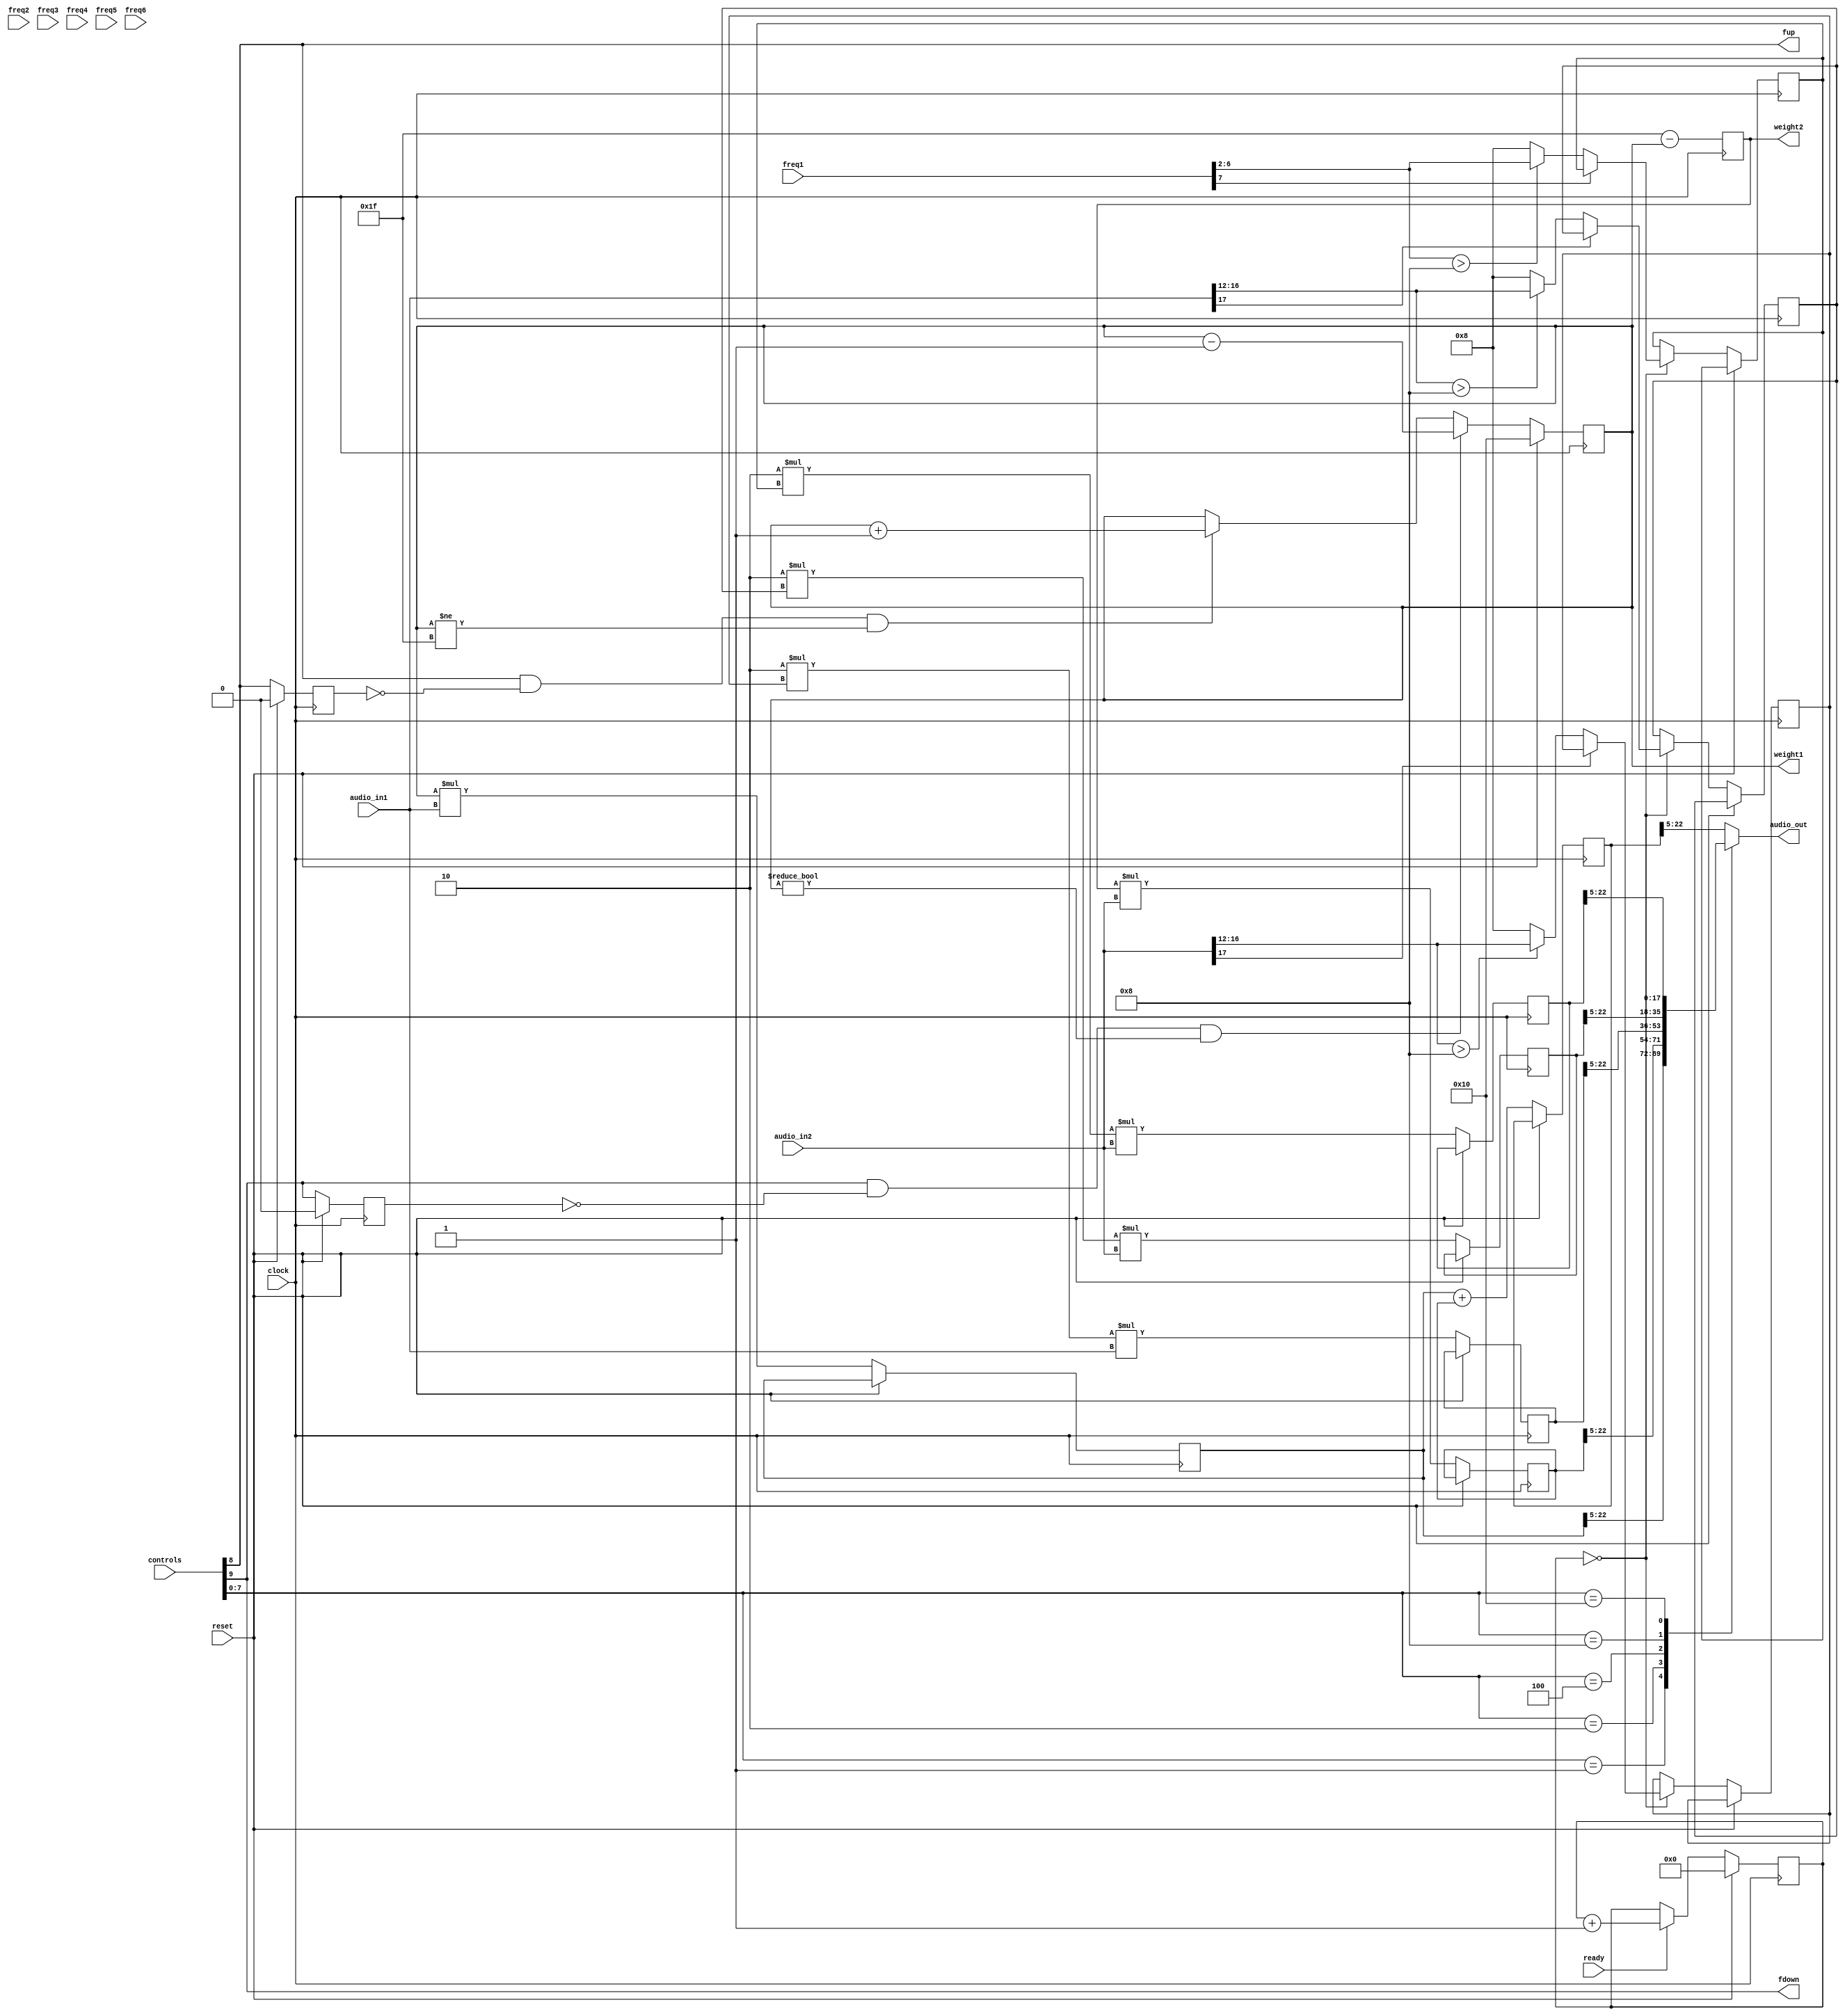
`timescale 1ns / 1ps
//////////////////////////////////////////////////////////////////////////////////
// Company: 
// Engineer: 
// 
// Design Name: 
// Module Name:    mixer 
// Project Name: 
// Target Devices: 
// Tool versions: 
// Description: 
//
// Dependencies: 
//
// Revision: 
// Revision 0.01 - File Created
// Additional Comments: 
//
//////////////////////////////////////////////////////////////////////////////////
/// Mixer Module: take 2 audio inputs and output mixed signal selectable by user
/////////////////////////////////////////////////////////////////////////////////
module mixer(
    input signed [17:0] audio_in1,
    input signed [17:0] audio_in2,
    input ready,
    input clock,
    input reset,
    input [9:0] controls,
	 input wire signed [7:0] freq1,
	 input wire signed [7:0] freq2,
	 input wire signed [7:0] freq3,
	 input wire signed [7:0] freq4,
	 input wire signed [7:0] freq5,
	 input wire signed [7:0] freq6,
    output wire signed[17:0] audio_out,
    output reg [4:0] weight1,
    output reg [4:0] weight2,
	 output fup,
	 output fdown
    );
	 
	parameter MAX_WEIGHT = 5'd31;
	wire [7:0] switches = controls[7:0];
	assign fup = controls[8];
	assign fdown = controls[9];	
	
	// assign regs to enable mutual volume control of songs
	wire signed [17:0] mixed_audio;
	reg signed [22:0] reg_mixed_audio;
	reg signed [22:0] weighted_audio1;
	reg signed [22:0] weighted_audio2;
	reg signed [22:0] a2_by_volume_a1bass = 0;
	reg signed [22:0] volume_audio2bass = 0;
	reg signed [22:0] a2_by_volume_a1 = 5'd16;
	reg signed [22:0] a1_by_volume_a2 = 5'd16;
	reg [4:0] audio1_vcontrol = 1;
	reg [4:0] audio2_vcontrol = 1;
	reg [4:0] freq1_vcontrol = 1;
	reg [9:0] counter = 0;
	
	reg signed [17:0] reg_audio_out;
	assign audio_out = reg_audio_out;
	assign mixed_audio = reg_mixed_audio[22:5];
	
	wire signed [17:0] wire_weighted_audio1;
	wire signed [17:0] wire_weighted_audio2;
	wire signed [17:0] wire_a2_by_volume_a1;
	wire signed [17:0] wire_a1_by_volume_a2;
	wire signed [17:0] wire_a2_by_volume_a1bass;
	
	assign wire_weighted_audio1 = weighted_audio1[22:5];
	assign wire_weighted_audio2 = weighted_audio2[22:5];
	assign wire_a2_by_volume_a1bass = a2_by_volume_a1bass[22:5];
	assign wire_a2_by_volume_a1 = a2_by_volume_a1[22:5];
	assign wire_a1_by_volume_a2 = a1_by_volume_a2[22:5];
	
	reg old_fup=0; // used for edge detection
	reg old_fdown=0; // used for edge detection

	always @(posedge clock) begin
		if (reset) begin
			old_fup <= 0;
			old_fdown <= 0;
			weight1 <= 5'd16; // centered (weight of the two audio signals is approximately equal)
			weight2 <= 5'd31-weight1;
			counter <= 0;
		end
	
		else begin
			// calculate possible outputs of mixer
			weight2 <= 5'd31-weight1;
			weighted_audio1 <= weight1*audio_in1;
			weighted_audio2 <= weight2*audio_in2;
			reg_mixed_audio <= weighted_audio1 + weighted_audio2;
			a2_by_volume_a1 <= 2*audio1_vcontrol*audio_in2;
			a1_by_volume_a2 <= 2*audio2_vcontrol*audio_in1;
			a2_by_volume_a1bass <= 2*freq1_vcontrol*audio_in2;
			
			if (ready) counter <= counter + 1; // used to slow down the volume change of the song so that it is not too choppy
			
			if (counter == 0) begin
				// control audio 2 volume w/ audio 1 volume
				if(audio_in1[17] == 0) begin
					if (audio_in1[16:12] > 5'd8) begin
						audio1_vcontrol <= audio_in1[16:12];
					end
					else audio1_vcontrol <= 5'd8;
				end
				// control audio 1 volume w/ audio 2 volume
				if(audio_in2[17] == 0) begin
					if (audio_in2[16:12] > 5'd8) begin
						audio2_vcontrol <= audio_in2[16:12];
					end
					else audio2_vcontrol <= 5'd8;
				end
				// control audio 2 volume w/ audio 1 bass volume
				if(freq1[7] == 0) begin
					if (freq1[6:2] > 5'd8) begin
						freq1_vcontrol <= freq1[6:2];
					end
					else freq1_vcontrol <= 5'd8;
				end
			end
			
			// use left and right switches to control the relative weight of audio 1 and audio 2 in the mixer
			if (fup & ~old_fup & (weight1 != 5'd31)) weight1 <= weight1+1;       
			if (fdown & ~old_fdown & (weight1 != 5'd0)) weight1 <= weight1-1;     
			old_fup <= fup;
			old_fdown <= fdown;
			
		end
		
	end
	
	// select output of mixer (selectable by user via switches on the labkit)
	// switch0: just audio 1
	// switch1: just audio 2
	// switch2: audio 1 volume controlled by the volume of audio 2
	// switch3: audio 2 volume controlled by the volume of audio 1
	// switch4: audio 2 volume controlled by the volume of audio 1 bass frequency data
	always@(*) begin
		case(switches)
			8'b0000_0001: reg_audio_out = wire_weighted_audio1; 
			8'b0000_0010: reg_audio_out = wire_weighted_audio2;
			8'b0000_0100: reg_audio_out = wire_a1_by_volume_a2;
			8'b0000_1000: reg_audio_out = wire_a2_by_volume_a1;
			8'b0001_0000: reg_audio_out = wire_a2_by_volume_a1bass;
			default: reg_audio_out = mixed_audio; 
		endcase
	end

endmodule